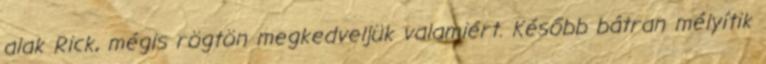
alak Rick, mégis rögtön megkedveljük valamiért. Később bátran mélyítik